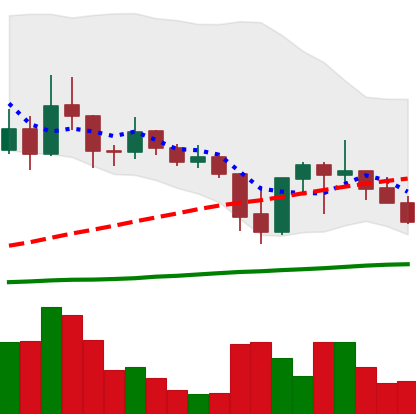
Ticker: ADA-USD
Chart end date: 2021-09-28
Forward return: 10.482%
Label: up_7plus